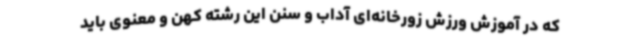
که در آموزش ورزش‌ زورخانه‌ای آداب و سنن این رشته کهن و معنوی باید